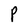
Character: P